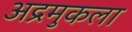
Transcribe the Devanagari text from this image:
अद्रमुकला